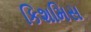
કિશમિસ